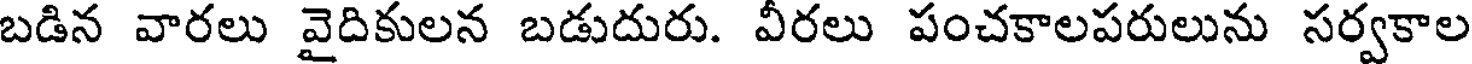
బడిన వారలు వైదికులన బడుదురు. వీరలు పంచకాలపరులును సర్వకాల